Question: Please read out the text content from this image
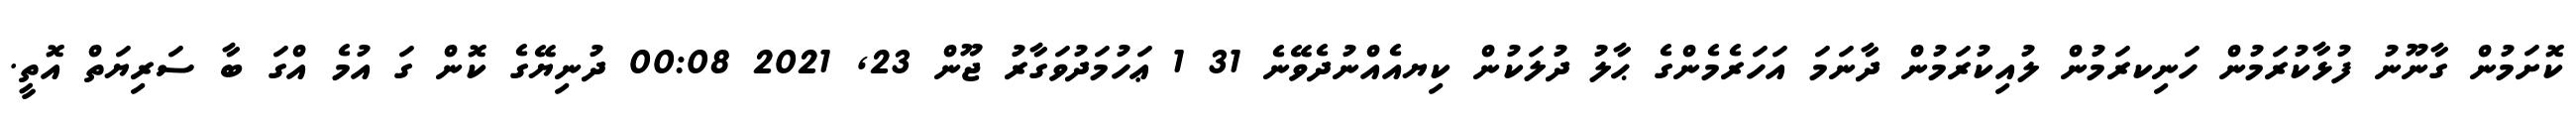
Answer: ކޮށަމުން ގާނޫނު ފުޅާކުރަމުން ހަނިކރަމުން ލުއިކުރަމުން ދާނަމަ އަހަރެމެންގެ ޙާލު ދުލަކުން ކިޔއެއްނުދެވޭނެ 31 1 ޢަހުމަދުވަގާރު ޖޫން 23, 2021 00:08 ދުނިޔޭގެ ކޮން ގަ އުމެ އްގަ ބާ ސަރިޔަތް އޮތީ.